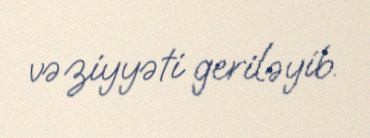
vəziyyəti geriləyib.